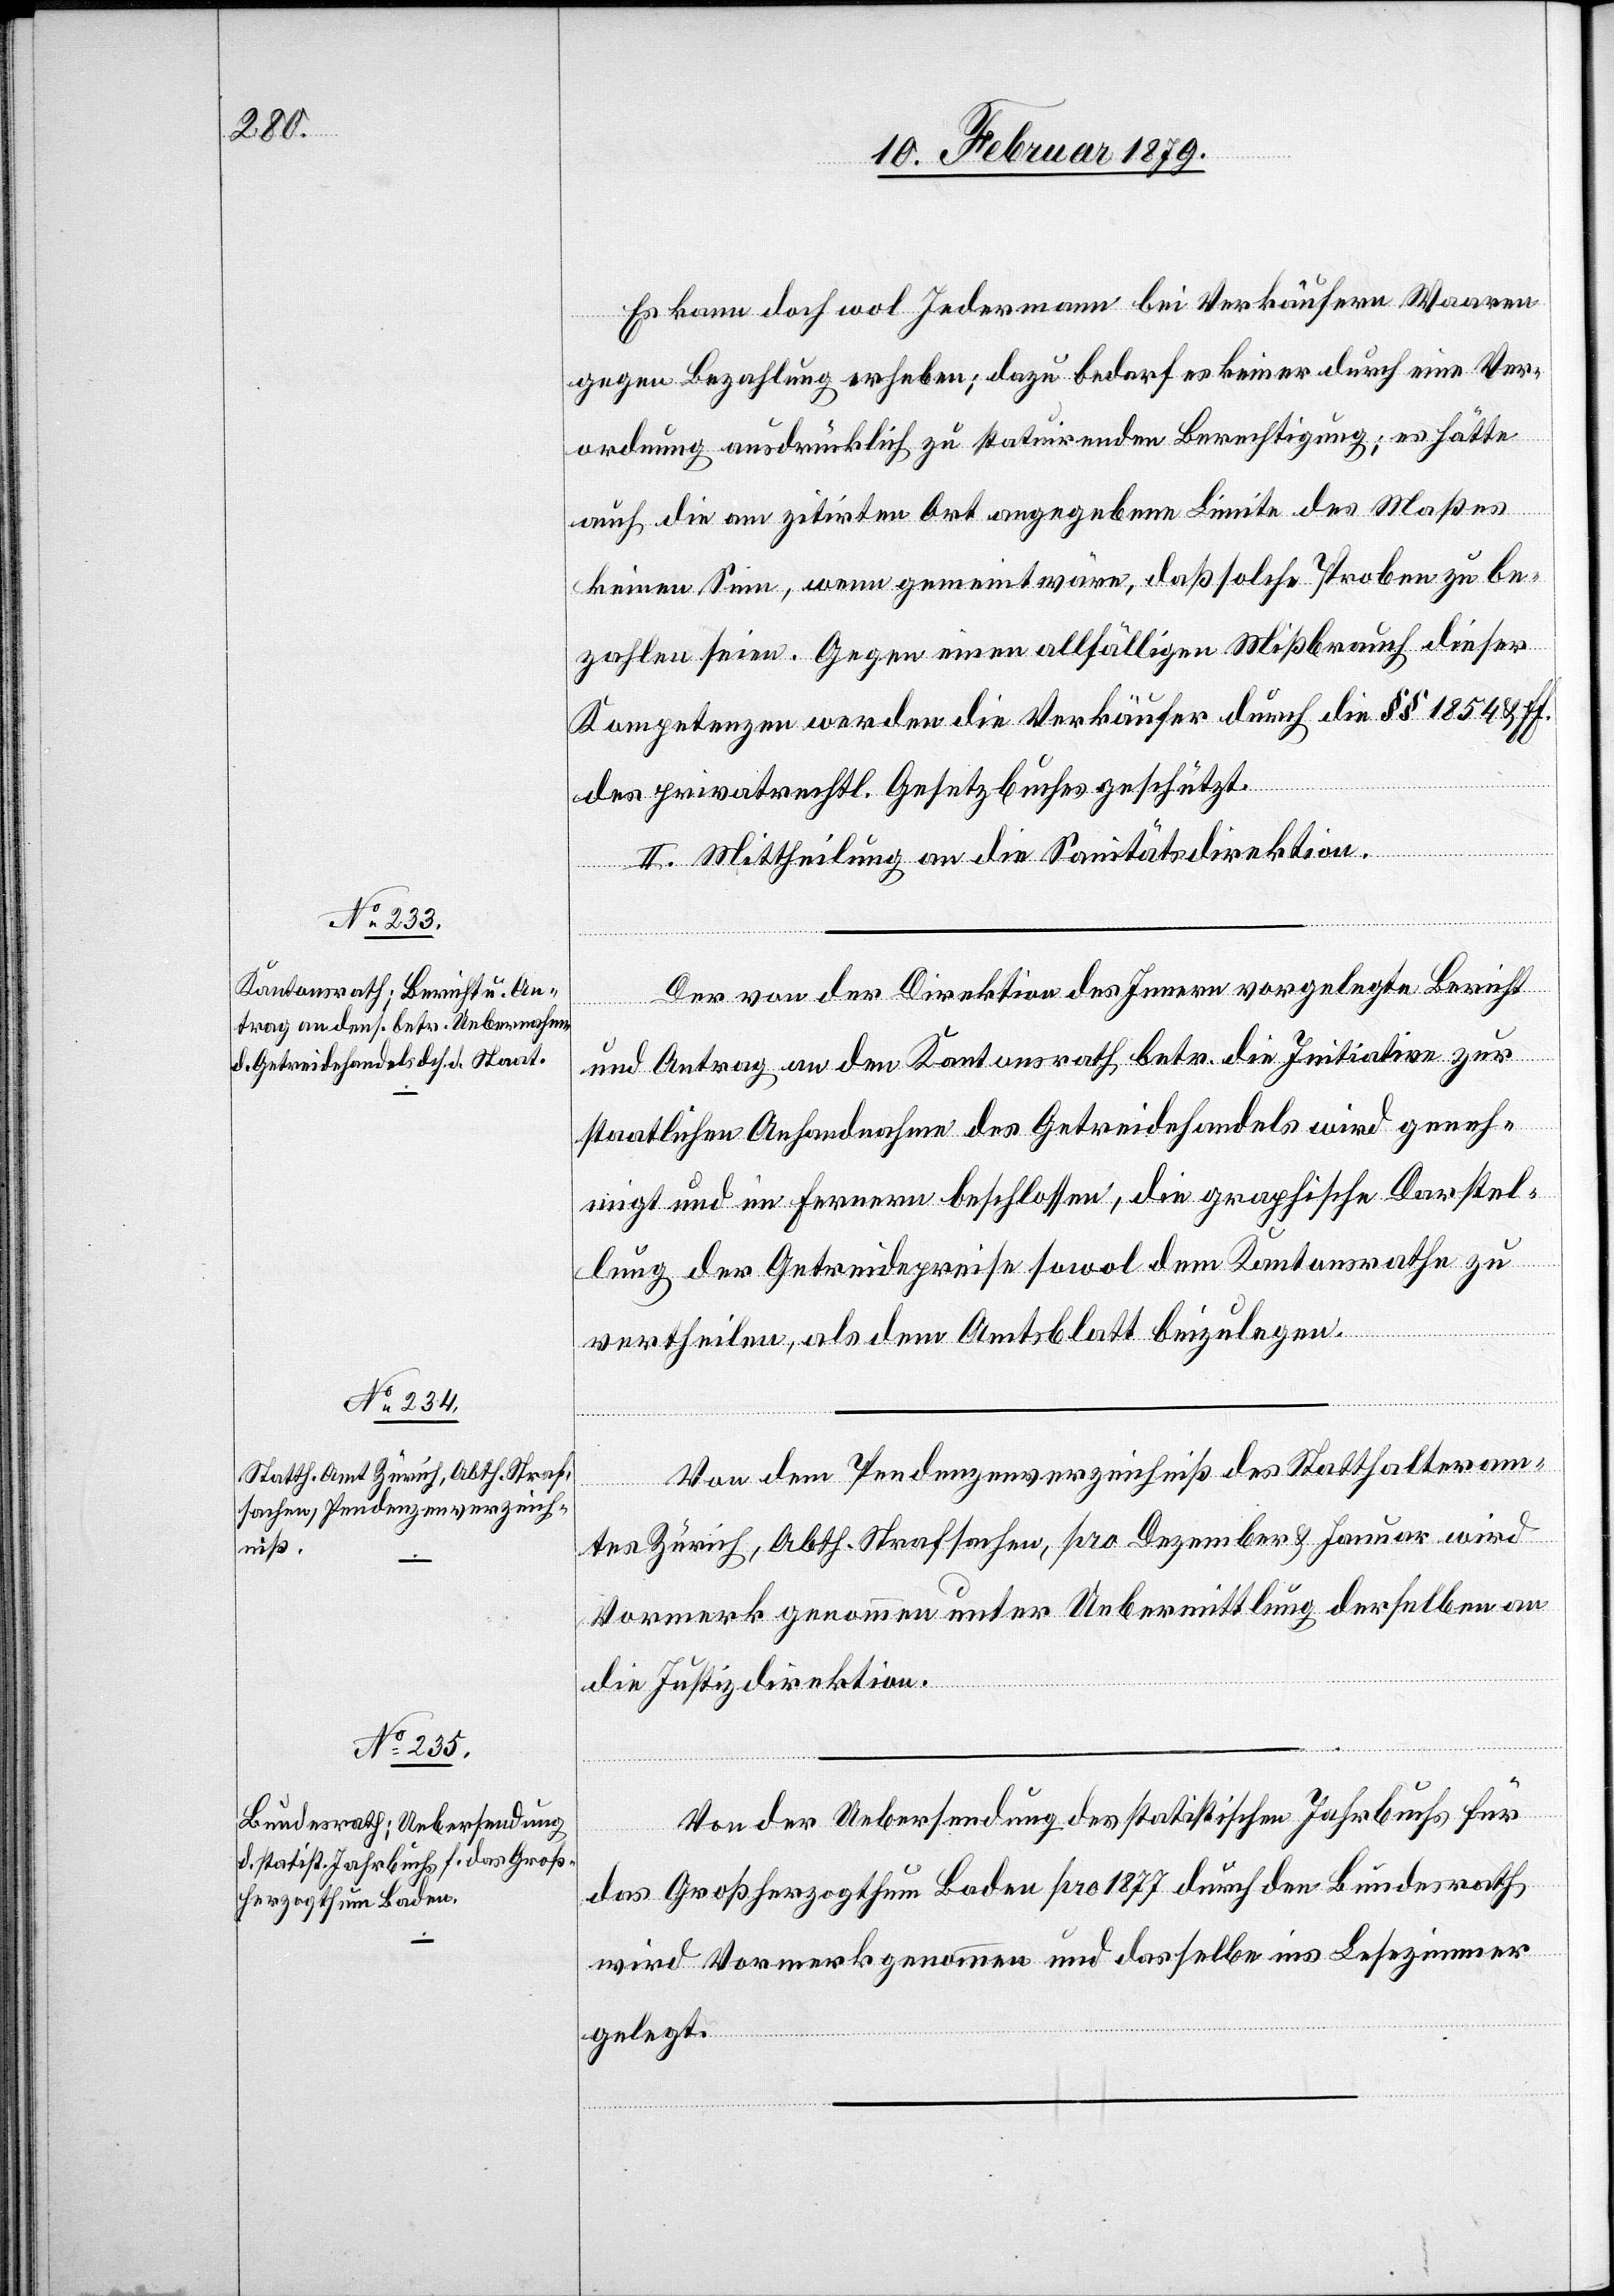
Es kann doch wol Jedermann bei Verkäufern Waaren
gegen Bezahlung erheben; dazu bedarf es keiner durch eine Ver¬
ordnung ausdrücklich zu statuirenden Berechtigung; es hätte
auch die am zitirten Ort angegebene Limite des Maßes
keinen Sinn, wenn gemeint wäre, daß solche Proben zu be¬
zahlen seien. Gegen einen allfälligen Mißbrauch dieser
Kompetenzen werden die Verkäufer durch die §§ 1854 & ff.
des privatrechtl. Gesetzes geschützt.
II. Mittheilung an die Sanitätsdirektion.
Der von der Direktion des Innern vorgelegte Bericht
und Antrag an den Kantonsrath betr. die Initiative zur
staatlichen Anhandnahme des Getreidehandels wird geneh¬
migt und im Fernern beschlossen, die graphische Darstel¬
lung der Getreidepreise sowol dem Kantonsrathe zu
vertheilen, als dem Amtsblatt beizulegen.
Von dem Pendenzenverzeichniß des Statthalteram¬
tes Zürich, Abth. Strafsachen, pro Dezember & Januar wird
Vormerk genommen unter Uebermittlung derselben
die Justizdirektion.
Von der Uebersendung des statistischen Jahrbuchs für
das Großherzogthum Baden pro 1877 durch den Bundesrath
wird Vormerk genommen und dasselbe ins Lesezimmer
gelegt.